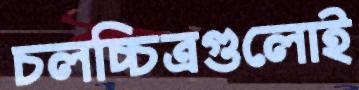
চলচ্চিত্রগুলোই